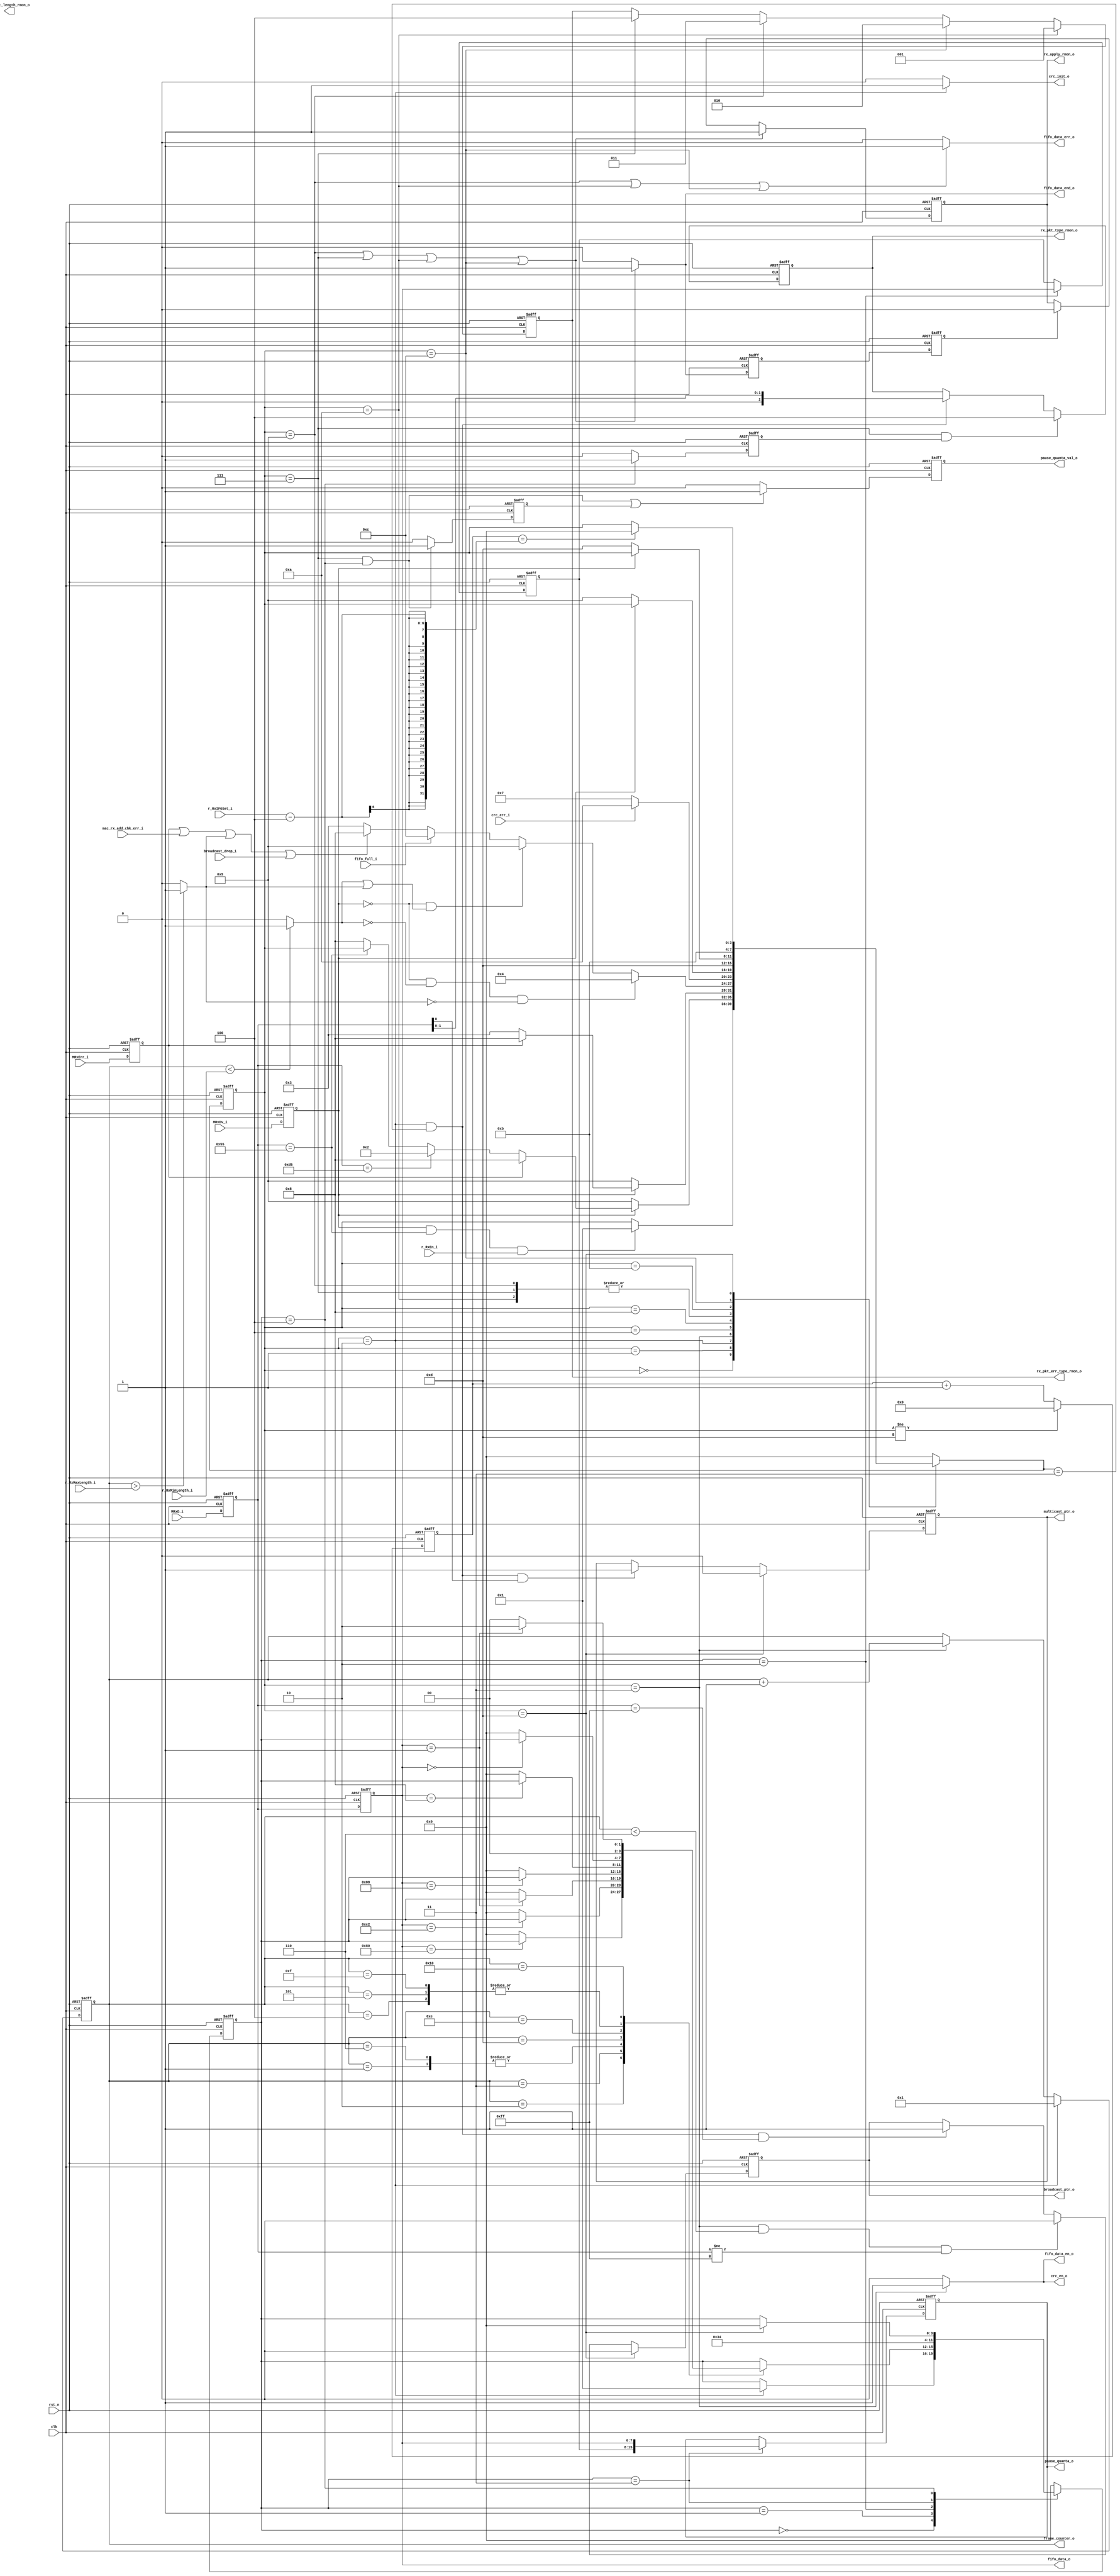
module emac_rx_ctrl (
    input               rst_n     ,         
    input               clk       ,         
    //GMII/MII interface  
    input               MRxDv_i   ,                                       
    input  [7:0]        MRxD_i    ,                                       
    input               MRxErr_i  ,                                       
    //receive CRC check interface
    output reg          crc_en_o  ,       
    output reg          crc_init_o,       
    input               crc_err_i ,
    //MAC receive address check interface
    output [15:0]       frame_counter_o      ,
    input               mac_rx_add_chk_err_i ,
    output reg          multicast_ptr_o          ,
    //broadcast filter
    output reg          broadcast_ptr_o    ,
    input               broadcast_drop_i   ,
    //flow control signals to TX MAC  
    output reg [15:0]   pause_quanta_o     ,   
    output reg          pause_quanta_val_o ,   
    //MAC RX FIFO interface
    output [7:0]        fifo_data_o     ,
    output reg          fifo_data_en_o  ,
    output reg          fifo_data_err_o ,
    output reg          fifo_data_end_o ,
    input               fifo_full_i     ,
    //RMON interface
    output [15:0]       rx_pkt_length_rmon_o   ,
    output reg          rx_apply_rmon_o        ,
    output reg [2:0]    rx_pkt_err_type_rmon_o ,
    output reg [2:0]    rx_pkt_type_rmon_o     ,
    //Host interface registers
    input               r_RxEn_i          , //receive enable
    input  [5:0]        r_RxIFGSet_i      , //minimum gap between consecutive received frames
    input  [15:0]       r_RxMaxLength_i   , //maximum frame length to be received (1518)
    input  [15:0]       r_RxMinLength_i     //minimum frame length to be received (64)
);
    //++
    //internal signals
    //--
    parameter       StateIdle          = 4'd00;
    parameter       StatePreamble      = 4'd01;
    parameter       StateSFD           = 4'd02;
    parameter       StateData          = 4'd03;
    parameter       StateCheckCRC      = 4'd04;
    parameter       StateOkEnd         = 4'd07;
    parameter       StateDrop          = 4'd08;
    parameter       StateErrEnd        = 4'd09;
    parameter       StateCRCErrEnd     = 4'd10;
    parameter       StateFFFullDrop    = 4'd11;
    parameter       StateFFFullErrEnd  = 4'd12;
    parameter       StateIFG           = 4'd13;

    parameter       PAUSE_IDLE         = 4'd0;   
    parameter       PAUSE_PRE_SYN      = 4'd1;    
    parameter       PAUSE_QUANTA_HI    = 4'd2;   
    parameter       PAUSE_QUANTA_LO    = 4'd3;   
    parameter       PAUSE_SYN          = 4'd4;   
                                                  
    reg  [3:0]      current_state /* synthesis syn_keep=1 */;                          
    reg  [3:0]      next_state; 
    reg  [3:0]      pause_current /* synthesis syn_keep=1 */; 
    reg  [3:0]      pause_next;                             
    reg  [5:0]      IFG_counter;   
    reg             RxDv  ;      
    reg  [7:0]      RxD   ;
    reg  [7:0]      RxD_d1;
    reg             RxErr ;
    reg  [15:0]     frame_counter;
    reg             too_long ;
    reg             too_short;
    reg             rx_apply_rmon_tmp   ;
    reg             rx_apply_rmon_tmp_d1;
    reg  [7:0]      pause_quanta_h      ;
    reg             pause_quanta_val_tmp;
    reg             pause_frame_ptr     ;

    //latch input data signals                                                          
    always @(posedge clk or negedge rst_n) begin                 
        if(!rst_n) begin  
            RxDv  <= 0;
            RxD   <= 0;                                                            
            RxErr <= 0; 
        end
        else begin  
            RxDv  <= MRxDv_i ;
            RxD   <= MRxD_i  ;                                                            
            RxErr <= MRxErr_i; 
        end
    end

    always @(posedge clk or negedge rst_n) begin                 
        if(!rst_n) 
            RxD_d1 <= 0;
        else 
            RxD_d1 <= RxD;
    end

    //++                                       
    //control state machine                                                           
    //--
                                                        
    //control state transition
    always @(posedge clk or negedge rst_n) begin                 
        if(!rst_n)                                          
            current_state <= StateIdle;                   
        else                                   
            current_state <= next_state;                   
    end
                                                        
    //combinational logics for control state machine
    always @(*) begin                                             
        case(current_state)                            
            StateIdle:
                if(RxDv && RxD == 8'h55 && r_RxEn_i)                
                    next_state = StatePreamble;    
                else                               
                    next_state = current_state;     

            StatePreamble:                             
                if(!RxDv)                        
                    next_state = StateErrEnd;      
                else if(RxErr)                     
                    next_state = StateDrop;        
                else if(RxD == 8'hd5)                 
                    next_state = StateSFD;                 
                else if(RxD == 8'h55)                
                    next_state = current_state;     
                else                                
                    next_state = StateDrop;        

            StateSFD:                                  
                if(!RxDv)                        
                    next_state = StateErrEnd;      
                else if(RxErr)                     
                    next_state = StateDrop;        
                else                                
                    next_state = StateData;       

            StateData:                                
                if(!RxDv && !too_short && !too_long)                        
                    next_state = StateCheckCRC;   
                else if(!RxDv && (too_short || too_long))
                    next_state = StateErrEnd;
                else if(fifo_full_i)
                    next_state = StateFFFullErrEnd;
                else if(RxErr || mac_rx_add_chk_err_i || too_long || broadcast_drop_i)                     
                    next_state = StateDrop;        
                else                                
                    next_state = StateData;       

            StateCheckCRC:
                if(crc_err_i)
                   next_state = StateCRCErrEnd;
                else
                   next_state = StateOkEnd; 

            StateDrop:                                 
                if(!RxDv)                        
                    next_state = StateErrEnd;      
                else                                
                    next_state = current_state;     

            StateOkEnd:                                
                next_state = StateIFG;         

            StateErrEnd:                               
                next_state = StateIFG;       
                                                                            
            StateCRCErrEnd:                               
                next_state = StateIFG;   

            StateFFFullDrop:
                if(!RxDv)                        
                    next_state = StateIFG;     
                else                                
                    next_state = current_state;                                                

            StateFFFullErrEnd:
                next_state = StateFFFullDrop;                                        

            StateIFG:                                  
                if(IFG_counter == r_RxIFGSet_i-4)   //remove some additional time     
                    next_state = StateIdle;        
                else                                
                    next_state = current_state;     
                                                    
            default:                                    
                next_state  = StateIdle;        
        endcase                                         
    end
                     
    always @(posedge clk or negedge rst_n ) begin                 
        if(!rst_n)                                          
            IFG_counter <= 0;   
        else if(current_state != StateIFG)
            IFG_counter <= 0;                                
        else 
            IFG_counter <= IFG_counter + 1;
    end

    //++
    //generate fifo interface signals                                                     
    //--
    assign fifo_data_o = RxD_d1;       

    always @(*) begin
        if(current_state == StateData)
            fifo_data_en_o = 1;
        else
            fifo_data_en_o = 0;
    end
        
    always @(*) begin
        if(current_state == StateErrEnd || current_state == StateOkEnd
              || current_state == StateCRCErrEnd || current_state == StateFFFullErrEnd)
            fifo_data_end_o = 1;
        else
            fifo_data_end_o = 0;
    end

    always @(*) begin
        if(current_state == StateErrEnd || current_state == StateCRCErrEnd || current_state == StateFFFullErrEnd)
            fifo_data_err_o = 1;
        else
            fifo_data_err_o = 0;     
    end

    //++
    //CRC check interface                                               
    //--
    
    always @(*) begin
        if(current_state == StateData)
            crc_en_o = 1;
        else
            crc_en_o = 0;
    end
        
    always @(*) begin
        if(current_state == StateSFD)
            crc_init_o = 1;
        else
            crc_init_o = 0;
    end
        
    //++
    //generate RMON signals                                         
    //--

    //for fifo_data_o, frame_counter=1 to frame_counter=6
    //corresponding to MAC destination address
    always @(posedge clk or negedge rst_n) begin
        if(!rst_n)  
            frame_counter <= 0;
        else if (current_state == StateSFD)
            frame_counter <= 1;
        else if (current_state == StateData) 
            frame_counter <= frame_counter+ 1'b1;
    end

    assign frame_counter_o = frame_counter;
        
    always @(*) begin
        if(frame_counter < r_RxMinLength_i)
            too_short = 1;
        else
            too_short = 0;
    end
        
    always @(*) begin
        if(frame_counter > r_RxMaxLength_i)
            too_long = 1;
        else
            too_long = 0;
    end
            
    assign rx_pkt_length_rmon = frame_counter - 1'b1;

    always @(posedge clk or negedge rst_n) begin
        if(!rst_n)
            rx_apply_rmon_tmp <= 0; 
        else if(current_state == StateOkEnd || current_state == StateErrEnd
             || current_state == StateCRCErrEnd || current_state == StateFFFullErrEnd)
            rx_apply_rmon_tmp <= 1;        
        else
            rx_apply_rmon_tmp <= 0; 
    end
        
    always @(posedge clk or negedge rst_n) begin
        if(!rst_n)
            rx_apply_rmon_tmp_d1 <= 0;
        else
            rx_apply_rmon_tmp_d1 <= rx_apply_rmon_tmp;        
    end

    always @(posedge clk or negedge rst_n) begin
        if(!rst_n)
            rx_apply_rmon_o <= 0; 
        else if(current_state == StateOkEnd || current_state == StateErrEnd
             || current_state == StateCRCErrEnd || current_state == StateFFFullErrEnd)
            rx_apply_rmon_o <= 1;        
        else if(rx_apply_rmon_tmp_d1)
            rx_apply_rmon_o <= 0; 
    end
        
    always @(posedge clk or negedge rst_n) begin
        if(!rst_n)
            rx_pkt_err_type_rmon_o <= 0;
        else if(current_state == StateCRCErrEnd)
            rx_pkt_err_type_rmon_o <= 3'b001;//
        else if(current_state == StateFFFullErrEnd)
            rx_pkt_err_type_rmon_o <= 3'b010;// 
        else if(current_state == StateErrEnd)
            rx_pkt_err_type_rmon_o <= 3'b011;//
        else if(current_state == StateOkEnd)
            rx_pkt_err_type_rmon_o <= 3'b100;
    end
        
    always @(posedge clk or negedge rst_n) begin
        if(!rst_n)
            rx_pkt_type_rmon_o <= 0;
        else if(current_state == StateOkEnd && pause_frame_ptr)
            rx_pkt_type_rmon_o <= 3'b100;//
        else if(current_state == StateSFD && next_state == StateData)
            rx_pkt_type_rmon_o <= {1'b0,RxD[1:0]}; //FIXME, {1'b0,MRxD_i[7:6]}??;
    end

    always @(posedge clk or negedge rst_n) begin
        if(!rst_n)
            broadcast_ptr_o <= 0;
        else if(current_state==StateIFG)
            broadcast_ptr_o <= 0;
        else if(current_state == StateData && frame_counter < 6 && RxD[7:0] != 8'hff)
            broadcast_ptr_o <= 0;
        else if(current_state == StateSFD && next_state == StateData && RxD[7:0] == 8'hff) //FIXME
            broadcast_ptr_o <= 1;
    end
    
    //++
    //MAC address checker signals                                                              
    //--
    
    always @(posedge clk or negedge rst_n) begin
        if(!rst_n)
            multicast_ptr_o <= 0;
        else if(current_state==StateIFG)
            multicast_ptr_o <= 0;
        else if(current_state == StateSFD && next_state == StateData && RxD[0] == 1'b1) //FIXME
            multicast_ptr_o <= 1;
    end

    //++
    //flow control signals--generated by state machine                                                            
    //--
    
    always @(posedge clk or negedge rst_n) begin
        if(!rst_n)
            pause_current <= PAUSE_IDLE;
        else
            pause_current <= pause_next;
    end
        
    always @(*) begin
        case(pause_current)
            PAUSE_IDLE  : 
                if(current_state == StateSFD)
                    pause_next = PAUSE_PRE_SYN;
                else
                    pause_next = pause_current;

            PAUSE_PRE_SYN:
                case(frame_counter)
                    16'd1:  if(RxD_d1 == 8'h01)
                                pause_next = pause_current;
                            else
                                pause_next = PAUSE_IDLE;

                    16'd2:  if(RxD_d1 == 8'h80)
                                pause_next = pause_current;
                            else
                                pause_next = PAUSE_IDLE;            

                    16'd3:  if(RxD_d1 == 8'hc2)
                                pause_next = pause_current;
                            else
                                pause_next = PAUSE_IDLE;

                    16'd4:  if(RxD_d1 == 8'h00)
                                pause_next = pause_current;
                            else
                                pause_next = PAUSE_IDLE;

                    16'd5:  if(RxD_d1 == 8'h00)
                                pause_next = pause_current;
                            else
                                pause_next = PAUSE_IDLE;

                    16'd6:  if(RxD_d1 == 8'h01)
                                pause_next = pause_current;
                            else
                                pause_next = PAUSE_IDLE;

                    16'd13: if(RxD_d1 == 8'h88)
                                pause_next = pause_current;
                            else
                                pause_next = PAUSE_IDLE;

                    16'd14: if(RxD_d1 == 8'h08)
                                pause_next = pause_current;
                            else
                                pause_next = PAUSE_IDLE;

                    16'd15: if(RxD_d1==8'h00)
                                pause_next = pause_current;
                            else
                                pause_next = PAUSE_IDLE;

                    16'd16: if(RxD_d1 == 8'h01)
                                pause_next = PAUSE_QUANTA_HI;
                            else
                                pause_next = PAUSE_IDLE;

                    default:    pause_next = pause_current;
                endcase

            PAUSE_QUANTA_HI :
                pause_next = PAUSE_QUANTA_LO;

            PAUSE_QUANTA_LO :
                pause_next = PAUSE_SYN; 

            PAUSE_SYN       :
                if (current_state == StateIFG)
                    pause_next = PAUSE_IDLE;
                else
                    pause_next = pause_current;

            default
                pause_next = PAUSE_IDLE;
        endcase
    end

    always @(posedge clk or negedge rst_n) begin
        if(!rst_n)
            pause_quanta_h <= 0;
        else if(pause_current == PAUSE_QUANTA_HI)
            pause_quanta_h <= RxD_d1;
    end
        
    always @(posedge clk or negedge rst_n) begin
        if(!rst_n)
            pause_quanta_o <= 0;
        else if(pause_current == PAUSE_QUANTA_LO)
            pause_quanta_o <= {pause_quanta_h,RxD_d1};
    end
        
    always @(posedge clk or negedge rst_n) begin
        if(!rst_n)      
            pause_quanta_val_tmp <= 0;
        else if(current_state == StateOkEnd && pause_current == PAUSE_SYN)
            pause_quanta_val_tmp <= 1;
        else
            pause_quanta_val_tmp <= 0;
    end
        
    always @(posedge clk or negedge rst_n) begin
        if(!rst_n)      
            pause_quanta_val_o <= 0;
        else if(current_state == StateOkEnd && pause_current == PAUSE_SYN || pause_quanta_val_tmp)
            pause_quanta_val_o <= 1;
        else
            pause_quanta_val_o <= 0;        
    end
    
    always @(posedge clk or negedge rst_n) begin
        if(!rst_n)  
            pause_frame_ptr <= 0;
        else if(pause_current == PAUSE_SYN)
            pause_frame_ptr <= 1;
        else
            pause_frame_ptr <= 0;
    end
                
endmodule